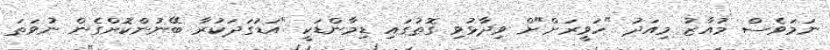
ނަމަވެސް މުއާޒު މިއަދު "ހަވީރަށް"ށް ވިދާޅުވި ގޮތުގައި ޑިމާންޑަކީ "އަޑުގަދަކުރާ ބޭނުންކޮށްގެން ނުވަތަ